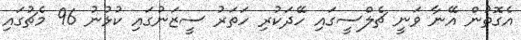
އެގޮތުން އޭނާ ވަނީ ޗެލްސީގައި ހޭދަކުރި ހަތަރު ސީޒަނުގައި ކުޅުނު 96 މެޗުގައި